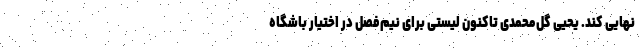
نهایی کند. یحیی گل‌محمدی تاکنون لیستی برای نیم‌فصل در اختیار باشگاه